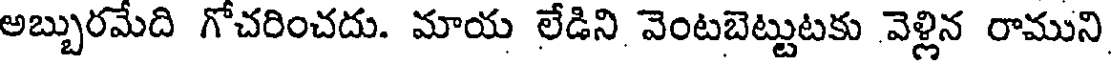
అబ్బురమేది గోచరించదు. మాయ లేడిని వెంటబెట్టుటకు వెళ్లిన రాముని